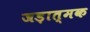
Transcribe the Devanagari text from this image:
जड़ात्मक